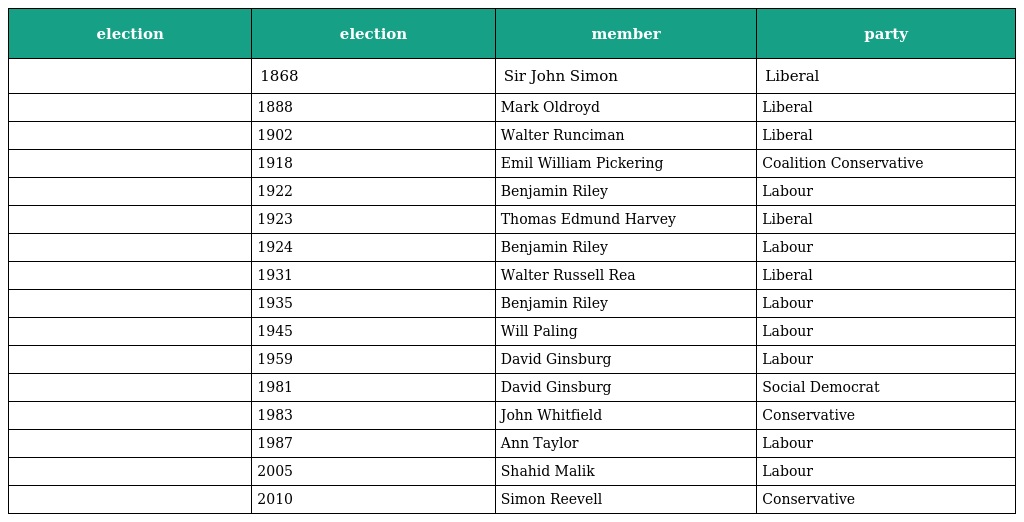
| election | election | member | party |
 | --- | --- | --- | --- |
 |  | 1868 | Sir John Simon | Liberal |
 |  | 1888 | Mark Oldroyd | Liberal |
 |  | 1902 | Walter Runciman | Liberal |
 |  | 1918 | Emil William Pickering | Coalition Conservative |
 |  | 1922 | Benjamin Riley | Labour |
 |  | 1923 | Thomas Edmund Harvey | Liberal |
 |  | 1924 | Benjamin Riley | Labour |
 |  | 1931 | Walter Russell Rea | Liberal |
 |  | 1935 | Benjamin Riley | Labour |
 |  | 1945 | Will Paling | Labour |
 |  | 1959 | David Ginsburg | Labour |
 |  | 1981 | David Ginsburg | Social Democrat |
 |  | 1983 | John Whitfield | Conservative |
 |  | 1987 | Ann Taylor | Labour |
 |  | 2005 | Shahid Malik | Labour |
 |  | 2010 | Simon Reevell | Conservative |